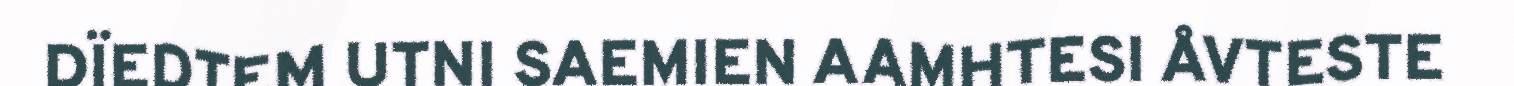
DÏEDTEM UTNI SAEMIEN AAMHTESI ÅVTESTE